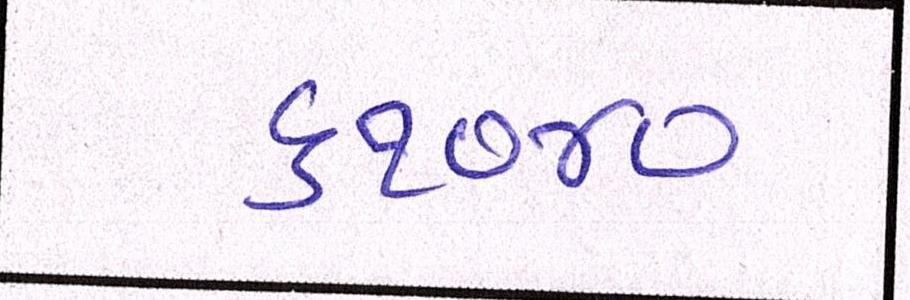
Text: ૬૧૦૪૦